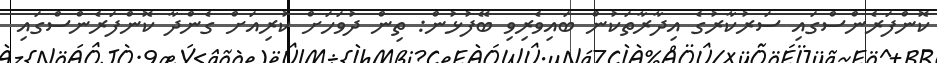
ކޮންފަރެންސްގައި ސަރުކާރުގެ އިދާރާތަކުން ބައިވެރިވި ބޭފުޅުން: ތިން ދުވަހަށް ކުރިއަށް ގެންދާ ކޮންފަރެންސްގައި